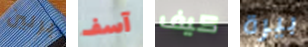
برلين آسف كيف بيرة